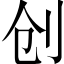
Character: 创